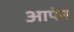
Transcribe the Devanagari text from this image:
आपेन